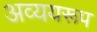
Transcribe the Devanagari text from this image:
अव्ययरूप